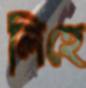
লিহে